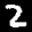
Label: 2